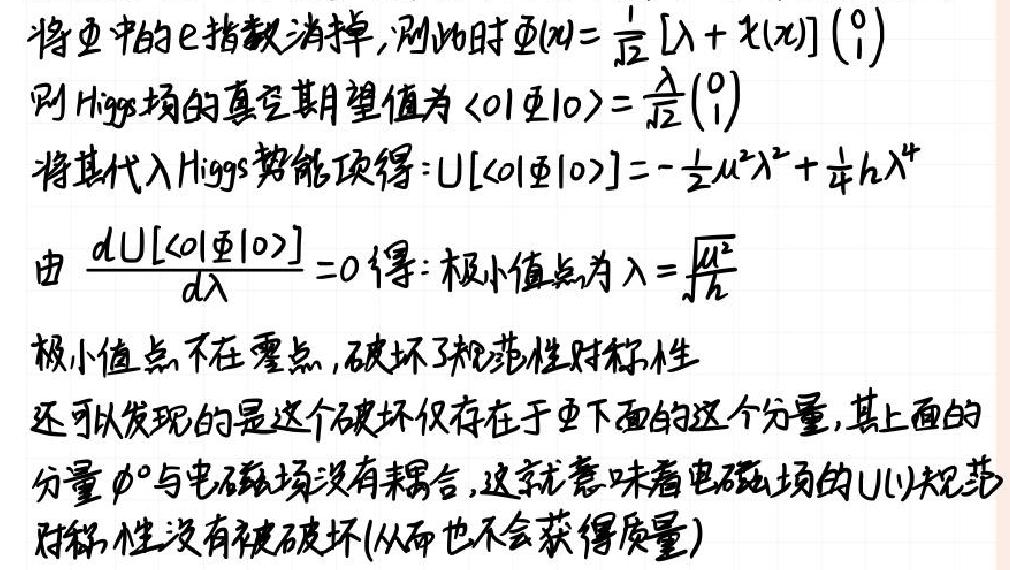
将 $\Phi$ 中的 $e$ 指数消掉, 则此时 $\Phi(x)=\frac{1}{\sqrt{2}}[\lambda+\chi(x)]\left(\begin{array}{l}0 \\ 1\end{array}\right)$
则 Higgs 场的真空期望值为 $\langle 0|\Phi| 0\rangle=\frac{\lambda}{\sqrt{2}}\left(\begin{array}{l}0 \\ 1\end{array}\right)$
将其代入 Higgs 势能项得: $U[\langle 0|\Phi| 0\rangle]=-\frac{1}{2} \mu^{2} \lambda^{2}+\frac{1}{4} h \lambda^{4}$
由 $\frac{d U[\langle 0|\Phi| 0\rangle]}{d \lambda}=0$ 得: 极小值点为 $\lambda=\sqrt{\frac{\mu^{2}}{h}}$
极小值点不在零点, 破坏了规范性对称性
还可以发现的是这个破坏仅存在于 $\Phi$ 下面的这个分量, 其上面的
分量 $\phi^{0}$ 与电磁场没有耦合, 这就意味着电磁场的 $U(1)$ 规范
对称性没有被破坏 (从而也不会获得质量)